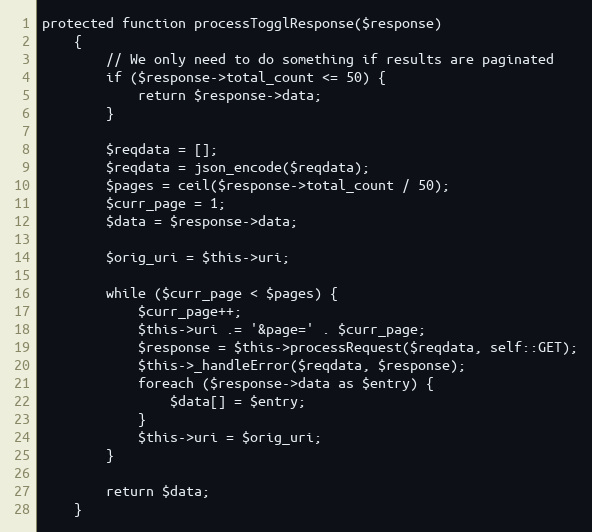
Language: PHP
protected function processTogglResponse($response)
    {
        // We only need to do something if results are paginated
        if ($response->total_count <= 50) {
            return $response->data;
        }

        $reqdata = [];
        $reqdata = json_encode($reqdata);
        $pages = ceil($response->total_count / 50);
        $curr_page = 1;
        $data = $response->data;

        $orig_uri = $this->uri;

        while ($curr_page < $pages) {
            $curr_page++;
            $this->uri .= '&page=' . $curr_page;
            $response = $this->processRequest($reqdata, self::GET);
            $this->_handleError($reqdata, $response);
            foreach ($response->data as $entry) {
                $data[] = $entry;
            }
            $this->uri = $orig_uri;
        }

        return $data;
    }